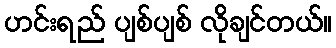
ဟင်းရည် ပျစ်ပျစ် လိုချင်တယ်။